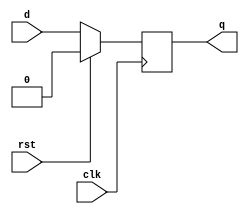
module d_ff(clk,rst,d,q);
input clk,rst,d;
output reg q;
always @(posedge clk)begin
  if(rst==1)begin
    q=0;
  end
  else begin
   q=d;
  end
end
endmodule